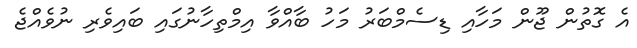
އެ ގޮތުން ޖޫން މަހާއި ޑިސެމްބަރު މަހު ބާއްވާ އިމްތިހާނުގައި ބައިވެރި ނުވެއްޖެ